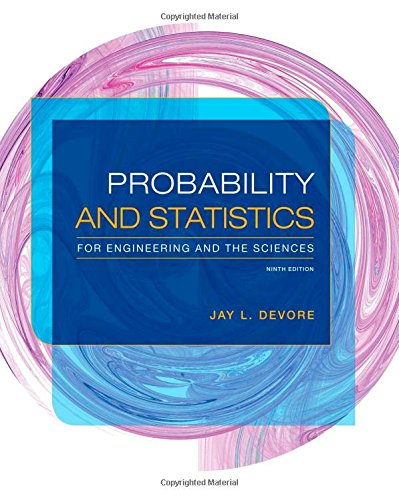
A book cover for Probability and Statistics for Engineering and the Sciences; Jay L. Devore; Business & Money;